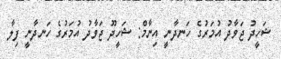
ޝަހީދު ޖަވާދު އުމަރުގެ ހަނދާނީ އިނާމް: ޝަހީދޫ ޖަވާދު އުމަރުގެ ހަނދާނީ ފިލާ